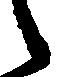
候